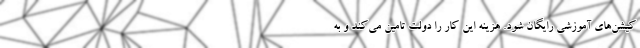
کیشن‌های آموزشی رایگان شود. هزینه این کار را دولت تامین می‌کند و به